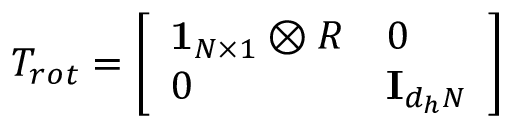
T _ { r o t } = \left[ \begin{array} { l l } { \mathbf { 1 } _ { N \times 1 } \otimes R } & { 0 } \\ { 0 } & { \mathbf { I } _ { d _ { h } N } } \end{array} \right]